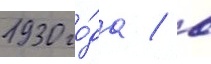
1930 го́да / в